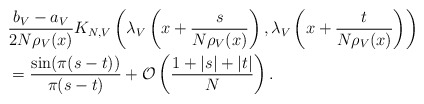
\begin{align*}&\frac{b_V-a_V}{2 N \rho_V(x)} K_{N,V} \left( \lambda_V\left( x+ \frac{s}{N \rho_V(x)}\right),\lambda_V\left( x+ \frac{t}{N \rho_V(x)}\right) \right)\\& = \frac{\sin(\pi (s-t))}{\pi (s-t)} + \mathcal{O}\left( \frac{1+|s|+|t|}{N}\right).\end{align*}